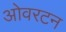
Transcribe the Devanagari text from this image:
ओवरटन